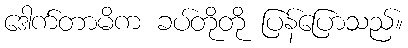
ဒေါက်တာမိက ခပ်တိုတို ပြန်ပြောသည်။